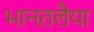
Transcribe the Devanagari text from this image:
भानतलैया